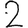
Digit: 2